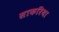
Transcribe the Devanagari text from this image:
साकरिया